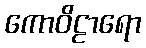
ကောဝိဠာရော